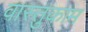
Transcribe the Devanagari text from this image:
वास्तुकाम